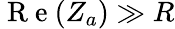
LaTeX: \mathrm{~R~e~}(Z_{a})\gg R